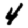
Digit: 4